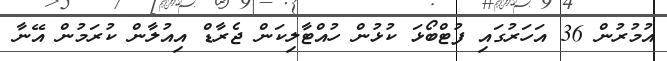
އުމުރުން 36 އަހަރުގައި ފުޓްބޯޅަ ކުޅުން ހުއްޓާލިކަން ޖެރާޑް އިއުލާން ކުރަމުން އޭނާ